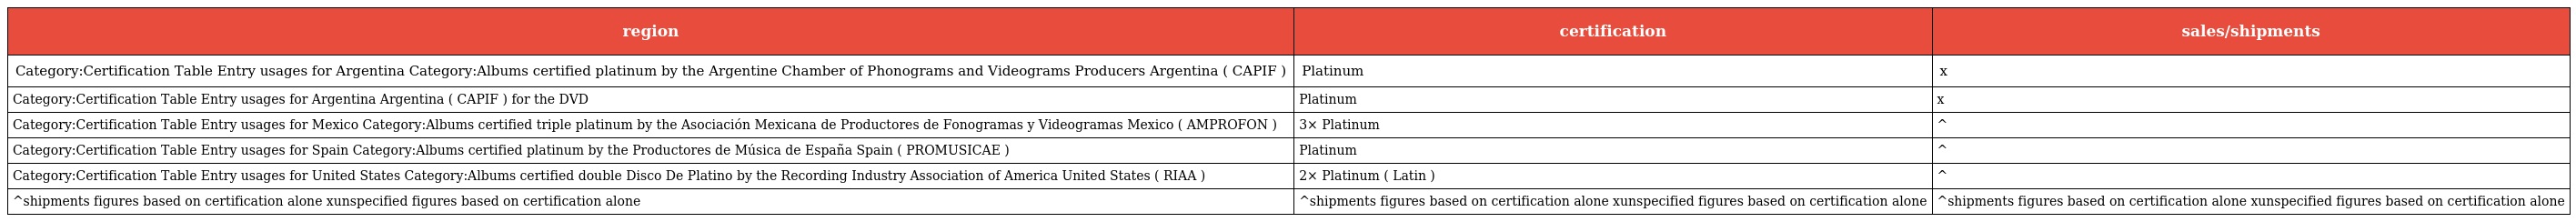
| region | certification | sales/shipments |
 | --- | --- | --- |
 | Category:Certification Table Entry usages for Argentina Category:Albums certified platinum by the Argentine Chamber of Phonograms and Videograms Producers Argentina ( CAPIF ) | Platinum | x |
 | Category:Certification Table Entry usages for Argentina Argentina ( CAPIF ) for the DVD | Platinum | x |
 | Category:Certification Table Entry usages for Mexico Category:Albums certified triple platinum by the Asociación Mexicana de Productores de Fonogramas y Videogramas Mexico ( AMPROFON ) | 3× Platinum | ^ |
 | Category:Certification Table Entry usages for Spain Category:Albums certified platinum by the Productores de Música de España Spain ( PROMUSICAE ) | Platinum | ^ |
 | Category:Certification Table Entry usages for United States Category:Albums certified double Disco De Platino by the Recording Industry Association of America United States ( RIAA ) | 2× Platinum ( Latin ) | ^ |
 | ^shipments figures based on certification alone xunspecified figures based on certification alone | ^shipments figures based on certification alone xunspecified figures based on certification alone | ^shipments figures based on certification alone xunspecified figures based on certification alone |